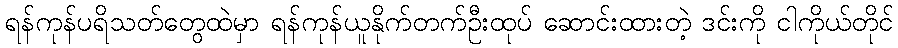
ရန်ကုန်ပရိသတ်တွေထဲမှာ ရန်ကုန်ယူနိုက်တက်ဦးထုပ် ဆောင်းထားတဲ့ ဒင်းကို ငါကိုယ်တိုင်